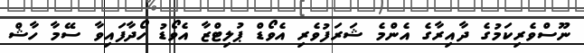
ނޫސްވެރިކަމުގެ ދާއިރާގެ އެންމެ ޝަރަފުވެރި އެވޯޑް ޕުލިޓްޒާ އެވޯޑު ހޯދާފައިވާ ސޭމާ ހާޝް